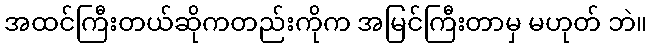
အထင်ကြီးတယ်ဆိုကတည်းကိုက အမြင်ကြီးတာမှ မဟုတ် ဘဲ။